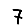
Digit: 7